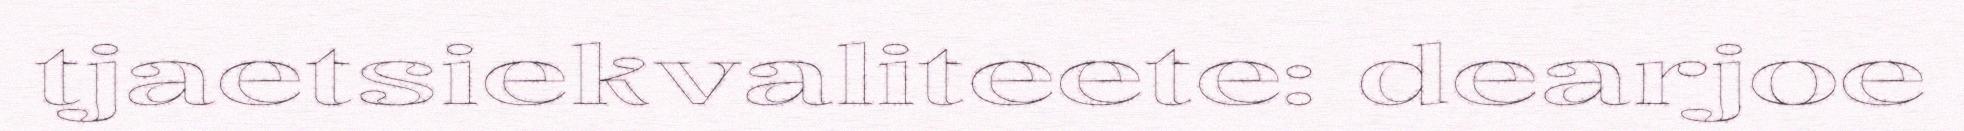
tjaetsiekvaliteete: dearjoe